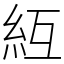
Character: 䊺